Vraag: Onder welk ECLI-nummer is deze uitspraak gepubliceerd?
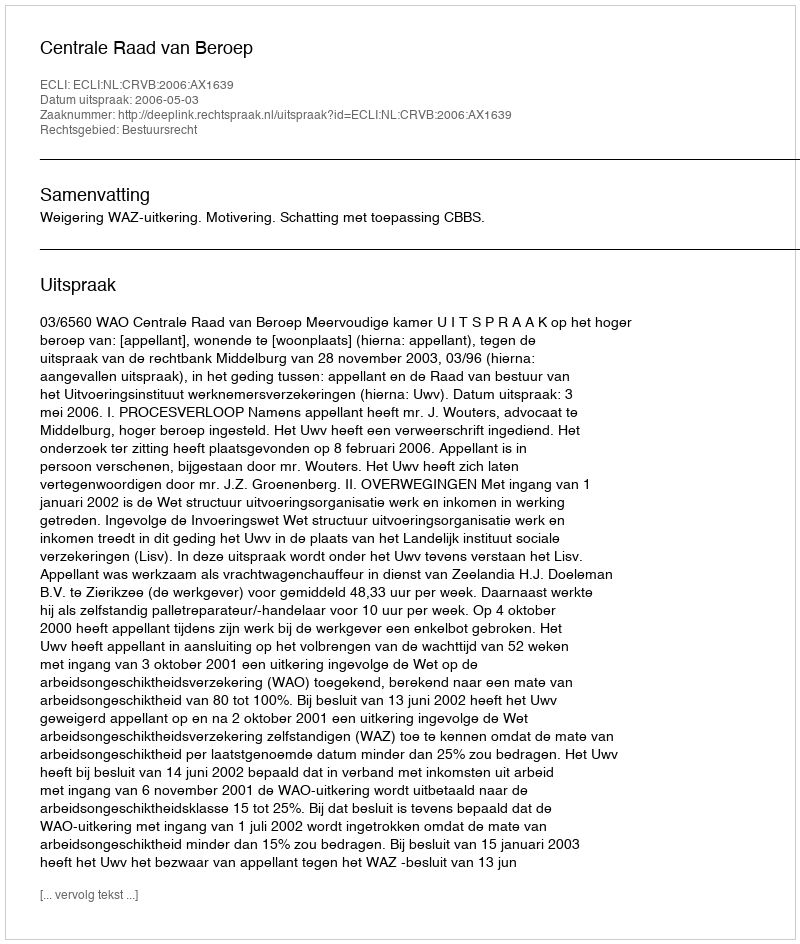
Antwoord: ECLI:NL:CRVB:2006:AX1639